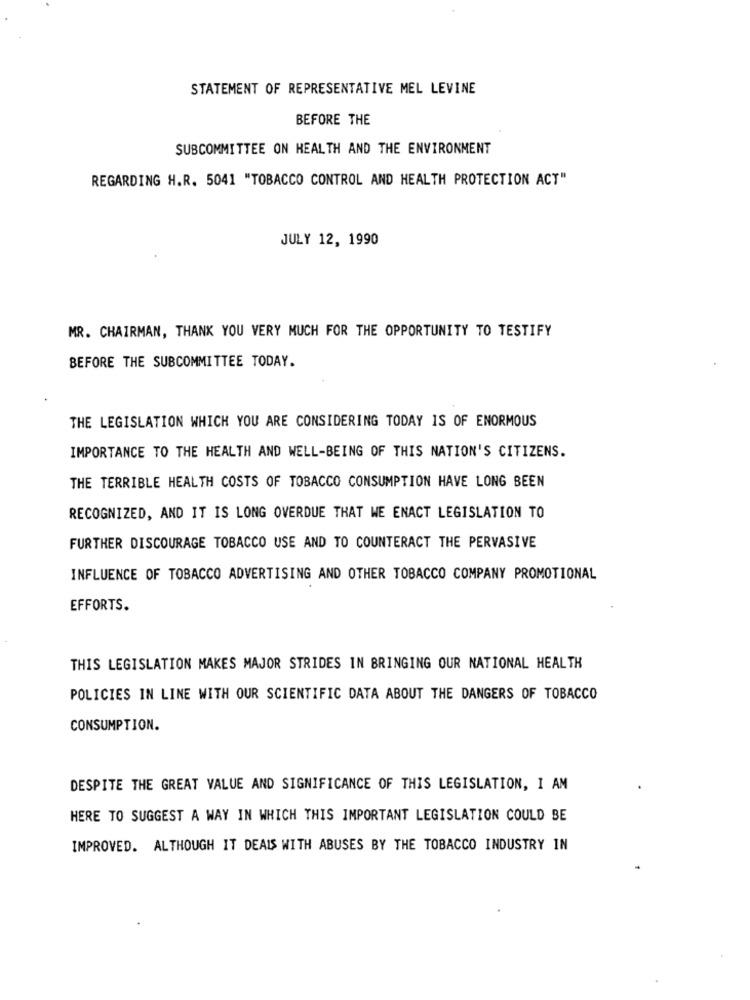
STATEMENT OF REPRESENTATIVE MEL LEVINE
BEFORE THE
SUBCOMMITTEE ON HEALTH AND THE ENVIRONMENT
REGARDING H.R. 5041 "TOBACCO CONTROL AND HEALTH PROTECTION ACT"
JULY 12, 1990
MR. CHAIRMAN, THANK YOU VERY MUCH FOR THE OPPORTUNITY TO TESTIFY
BEFORE THE SUBCOMMITTEE TODAY.
THE LEGISLATION WHICH YOU ARE CONSIDERING TODAY IS OF ENORMOUS
IMPORTANCE TO THE HEALTH AND WELL-BEING OF THIS NATION'S CITIZENS.
THE TERRIBLE HEALTH COSTS OF TOBACCO CONSUMPTION HAVE LONG BEEN
RECOGNIZED, AND IT IS LONG OVERDUE THAT WE ENACT LEGISLATION TO
FURTHER DISCOURAGE TOBACCO USE AND TO COUNTERACT THE PERVASIVE
INFLUENCE OF TOBACCO ADVERTISING AND OTHER TOBACCO COMPANY PROMOTIONAL
EFFORTS.
THIS LEGISLATION MAKES MAJOR STRIDES IN BRINGING OUR NATIONAL HEALTH
POLICIES IN LINE WITH OUR SCIENTIFIC DATA ABOUT THE DANGERS OF TOBACCO
CONSUMPTION.
DESPITE THE GREAT VALUE AND SIGNIFICANCE OF THIS LEGISLATION, I AM
HERE TO SUGGEST A WAY IN WHICH THIS IMPORTANT LEGISLATION COULD BE
IMPROVED. ALTHOUGH IT DEALS WITH ABUSES BY THE TOBACCO INDUSTRY IN